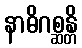
နာဓိဂစ္ဆန္တိ